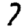
Digit: 7